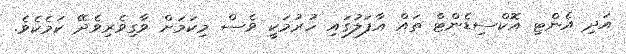
އަދި އެންޓި އޮކްސިޑެންޓް ތައް އާފަލުގައި ހުރުމަކީ ވެސް މިކަމަށް ވާގިވެރިވެދޭ ކަމެކެވެ.